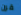
قرن